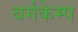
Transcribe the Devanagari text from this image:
बर्गकेम्प